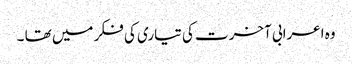
وہ اعرابی آخرت کی تیاری کی فکر میں تھا ۔